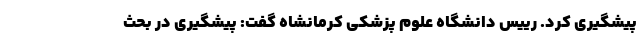
پیشگیری کرد. رییس دانشگاه علوم پزشکی کرمانشاه گفت: پیشگیری در بحث